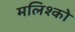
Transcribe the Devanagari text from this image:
मलिश्को